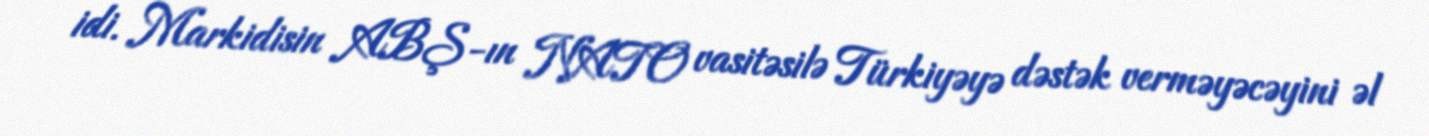
idi. Markidisin ABŞ-ın NATO vasitəsilə Türkiyəyə dəstək verməyəcəyini əl